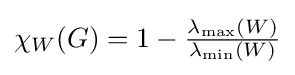
\chi _{W}(G)=1-{\tfrac {\lambda _{\max }(W)}{\lambda _{\min }(W)}}